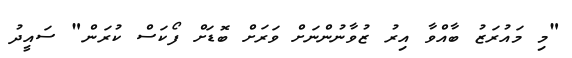
"މި މައުރަޒު ބާއްވާ އިރު ޒުވާނުންނަށް ވަަރަށް ބޮޑަށް ފޯކަސް ކުރަން" ސައީދު